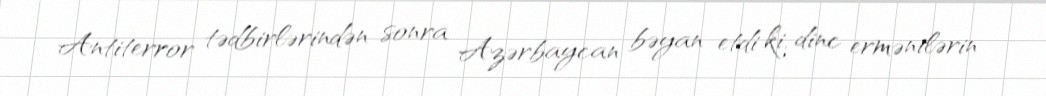
Antiterror tədbirlərindən sonra Azərbaycan bəyan etdi ki, dinc ermənilərin